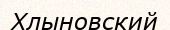
Хлыновский